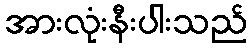
အားလုံးနီးပါးသည်